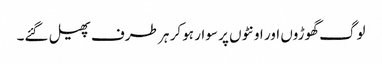
لوگ گھوڑوں اور اونٹوں پر سوار ہو کر ہر طرف پھیل گئے۔